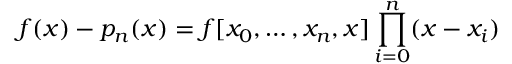
f ( x ) - p _ { n } ( x ) = f [ x _ { 0 } , \ldots , x _ { n } , x ] \prod _ { i = 0 } ^ { n } ( x - x _ { i } )